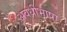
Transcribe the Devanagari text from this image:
अवधीभाषा